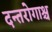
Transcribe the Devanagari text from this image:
दन्तरोगाश्च